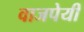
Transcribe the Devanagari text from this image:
वाजपेयीं